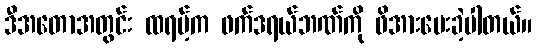
ဒီအတောအတွင်း ထရမ့်က ဖက်ဒရယ်ဘဏ်ကို ဖိအားပေးခဲ့ပါတယ်။